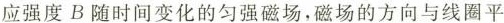
应强度B随时间变化的匀强磁场，磁场的方向与线圈平